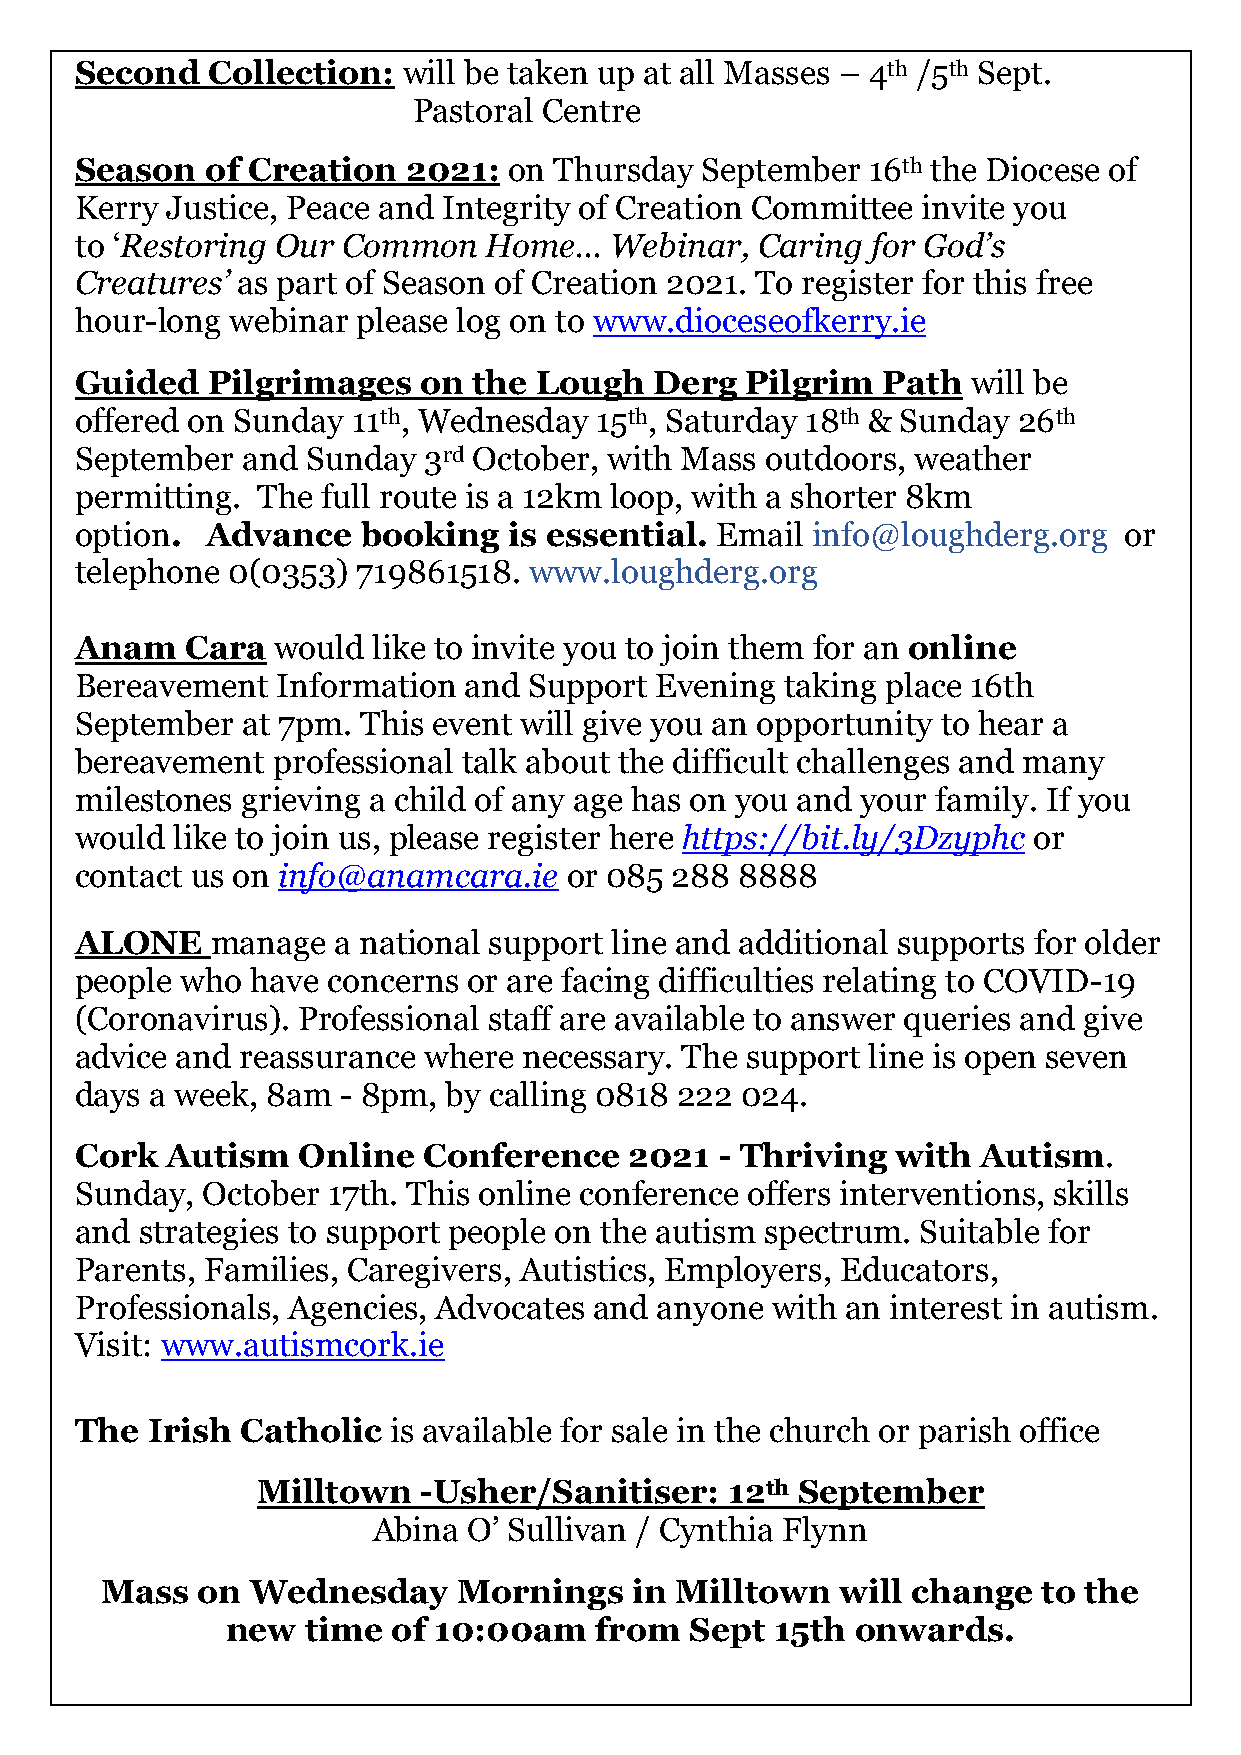
Second   Collection:  will be taken up at all Masses – 4th /5th Sept.
 Pastoral Centre
 Season   of Creation  2021:  on Thursday September  16th the Diocese of
 Kerry Justice, Peace and Integrity of Creation Committee invite you
 to ‘Restoring Our Common   Home…   Webinar,  Caring  for God’s
 Creatures’ as part of Season of Creation 2021. To register for this free
 hour-long webinar  please log on to www.dioceseofkerry.ie
 Guided   Pilgrimages   on the  Lough  Derg  Pilgrim  Path  will be
 offered on Sunday 11th, Wednesday 15th, Saturday 18th & Sunday 26th
 September  and Sunday  3rd October, with Mass outdoors, weather
 permitting. The full route is a 12km loop, with a shorter 8km
 option.  Advance   booking   is essential. Email info@loughderg.org  or
 telephone 0(0353)  719861518. www.loughderg.org
 Anam   Cara  would  like to invite you to join them for an online
 Bereavement  Information  and Support Evening  taking place 16th
 September  at 7pm. This event will give you an opportunity to hear a
 bereavement  professional talk about the difficult challenges and many
 milestones grieving a child of any age has on you and your family. If you
 would like to join us, please register here https://bit.ly/3Dzyphc or
 contact us on info@anamcara.ie  or 085 288  8888
 ALONE    manage  a national support line and additional supports for older
 people who  have concerns or are facing difficulties relating to COVID-19
 (Coronavirus). Professional staff are available to answer queries and give
 advice and reassurance where  necessary. The support line is open seven
 days a week, 8am  - 8pm, by calling 0818 222 024.
 Cork  Autism   Online  Conference    2021  - Thriving with  Autism.
 Sunday, October  17th. This online conference offers interventions, skills
 and strategies to support people on the autism spectrum. Suitable for
 Parents, Families, Caregivers, Autistics, Employers, Educators,
 Professionals, Agencies, Advocates and anyone with an interest in autism.
 Visit: www.autismcork.ie
 The  Irish Catholic  is available for sale in the church or parish office
 Milltown   -Usher/Sanitiser:   12th September
 Abina O’ Sullivan / Cynthia Flynn
 Mass  on  Wednesday    Mornings    in Milltown   will change  to the
 new  time  of 10:00am   from   Sept 15th  onwards.